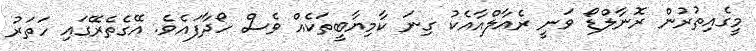
މީގެއިތުރުން ރޮނާލްޑޯ ވަނީ ރެއާލްއާއެކު ގިނަ ކާމިޔާބީތަކެއް ވެސް ހޯދާފައެވެ. އޭގެތެރޭގައި ހަތަރު